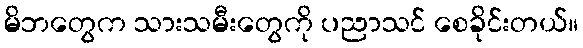
မိဘတွေက သားသမီးတွေကို ပညာသင် စေခိုင်းတယ်။